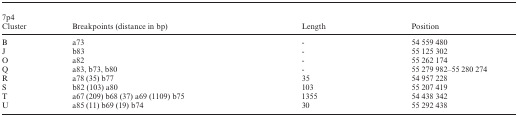
<table><thead><tr><td><b>7p4</b></td><td></td><td></td><td></td></tr><tr><td><b>Cluster</b></td><td><b>Breakpoints (distance in bp)</b></td><td><b>Length</b></td><td><b>Position</b></td></tr></thead><tbody><tr><td>B</td><td>a73</td><td>-</td><td>54 559 480</td></tr><tr><td>J</td><td>b83</td><td>-</td><td>55 125 302</td></tr><tr><td>O</td><td>a82</td><td>-</td><td>55 262 174</td></tr><tr><td>Q</td><td>a83, b73, b80</td><td>-</td><td>55 279 982–55 280 274</td></tr><tr><td>R</td><td>a78 (35) b77</td><td>35</td><td>54 957 228</td></tr><tr><td>S</td><td>b82 (103) a80</td><td>103</td><td>55 207 419</td></tr><tr><td>T</td><td>a67 (209) b68 (37) a69 (1109) b75</td><td>1355</td><td>54 438 342</td></tr><tr><td>U</td><td>a85 (11) b69 (19) b74</td><td>30</td><td>55 292 438</td></tr></tbody></table>